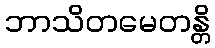
ဘာသိတမေတန္တိ